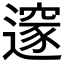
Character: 𨗉